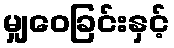
မျှဝေခြင်းနှင့်